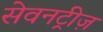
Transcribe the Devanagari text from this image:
सेवनट्रीज़